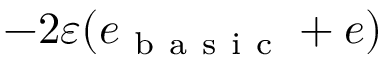
- 2 \varepsilon ( e _ { \mathrm { ~ b ~ a ~ s ~ i ~ c ~ } } + e )